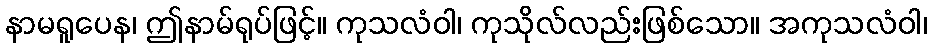
နာမရူပေန၊ ဤနာမ်ရုပ်ဖြင့်။ ကုသလံဝါ၊ ကုသိုလ်လည်းဖြစ်သော။ အကုသလံဝါ၊